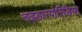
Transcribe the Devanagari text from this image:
नाइडास्पोरिडिया